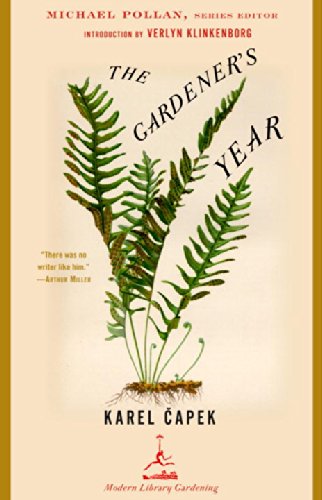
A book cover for The Gardener's Year (Modern Library Gardening); Karel Capek; Crafts, Hobbies & Home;